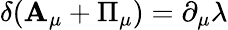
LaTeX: \delta({\cal\mathbf{A}}_{\mu}+{\Pi}_{\mu})=\partial_{\mu}\lambda